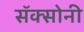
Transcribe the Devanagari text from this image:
सॅक्सोनी